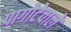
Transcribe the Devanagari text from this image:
पागोटेवाले